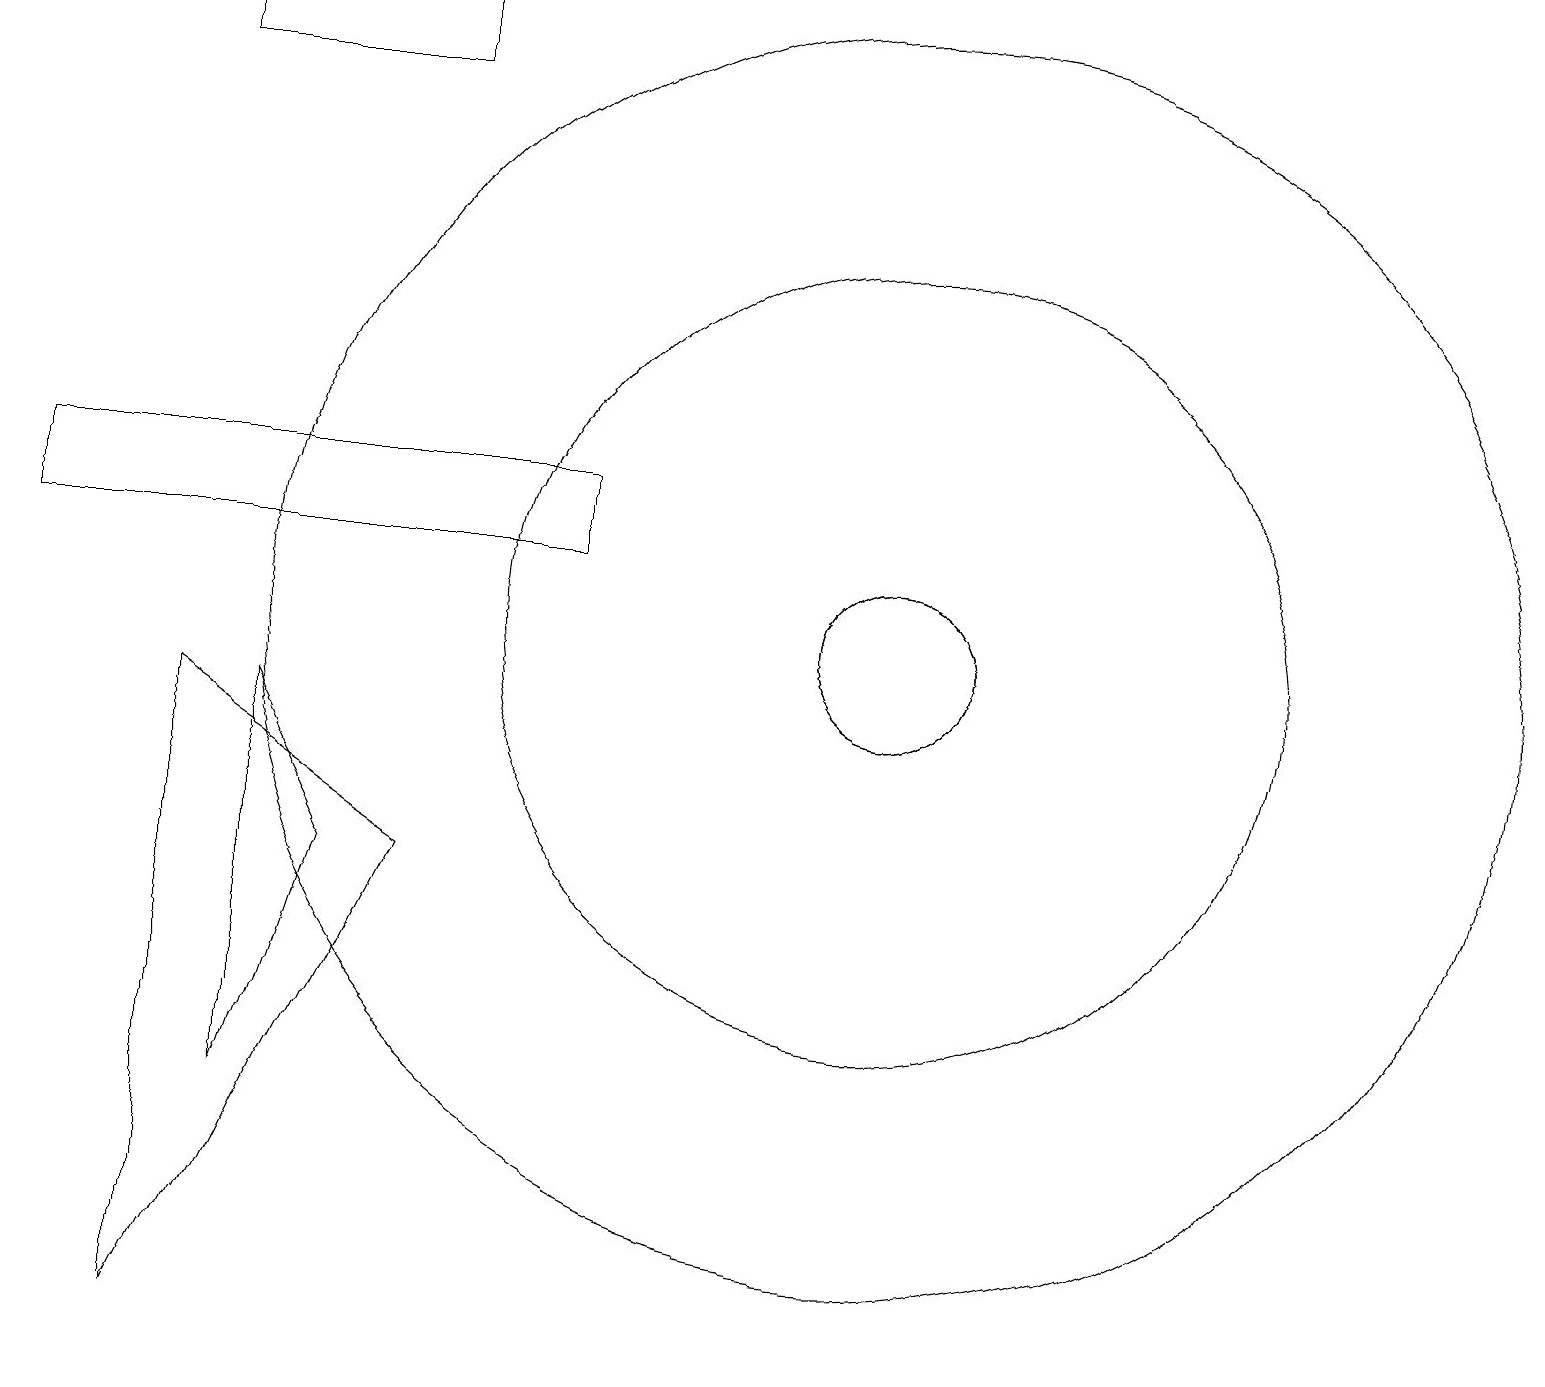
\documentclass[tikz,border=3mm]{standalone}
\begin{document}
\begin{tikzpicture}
\draw (11,10) circle (8);
\draw (11,10) circle (1);
\draw (11,10) circle (5);
\draw (4,7) -- (3,9) -- (3,4) -- cycle;
\draw (2,9) -- (5,7) -- (2,1) -- cycle;
\draw (11,10) circle (1);
\draw (5,18) rectangle (2,17);
\draw (0,11) rectangle (7,12);
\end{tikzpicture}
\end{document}